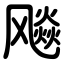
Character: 飚